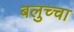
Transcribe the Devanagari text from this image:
बलुच्चा